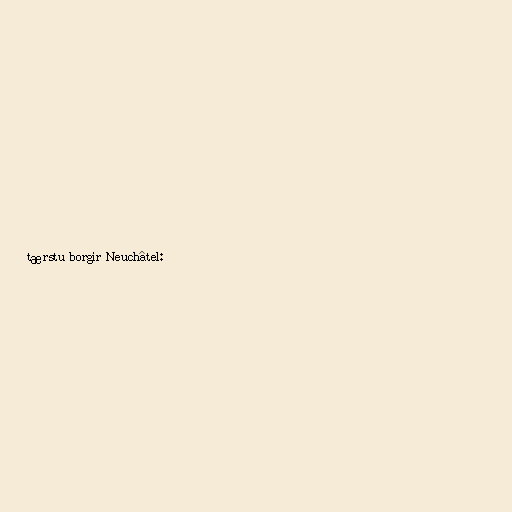
tærstu borgir Neuchâtel: